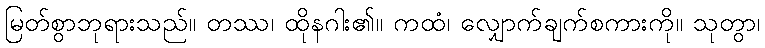
မြတ်စွာဘုရားသည်။ တဿ၊ ထိုနဂါး၏။ ကထံ၊ လျှောက်ချက်စကားကို။ သုတွာ၊